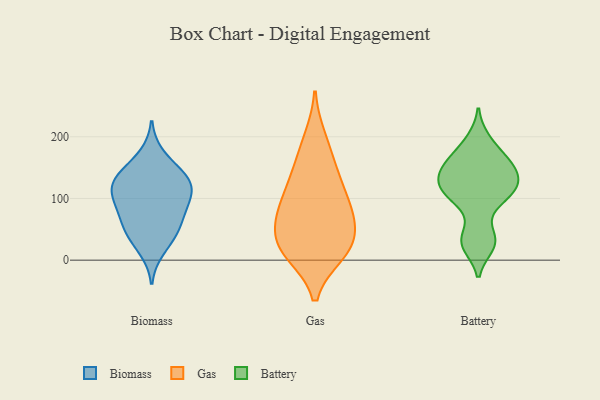
{"axis": {"x": "Waste Production (Tons)", "y": "Value"}, "legend": ["Battery", "Biomass", "Gas"], "data": [{"x": "", "y": 130, "type": "Biomass"}, {"x": "", "y": 16, "type": "Biomass"}, {"x": "", "y": 88, "type": "Biomass"}, {"x": "", "y": 66, "type": "Biomass"}, {"x": "", "y": 43, "type": "Biomass"}, {"x": "", "y": 171, "type": "Biomass"}, {"x": "", "y": 102, "type": "Biomass"}, {"x": "", "y": 141, "type": "Biomass"}, {"x": "", "y": 124, "type": "Biomass"}, {"x": "", "y": 89, "type": "Biomass"}, {"x": "", "y": 58, "type": "Biomass"}, {"x": "", "y": 41, "type": "Biomass"}, {"x": "", "y": 140, "type": "Biomass"}, {"x": "", "y": 107, "type": "Biomass"}, {"x": "", "y": 122, "type": "Biomass"}, {"x": "", "y": 11, "type": "Gas"}, {"x": "", "y": 91, "type": "Gas"}, {"x": "", "y": 16, "type": "Gas"}, {"x": "", "y": 123, "type": "Gas"}, {"x": "", "y": 30, "type": "Gas"}, {"x": "", "y": 164, "type": "Gas"}, {"x": "", "y": 80, "type": "Gas"}, {"x": "", "y": 132, "type": "Gas"}, {"x": "", "y": 197, "type": "Gas"}, {"x": "", "y": 73, "type": "Gas"}, {"x": "", "y": 35, "type": "Gas"}, {"x": "", "y": 68, "type": "Gas"}, {"x": "", "y": 14, "type": "Gas"}, {"x": "", "y": 96, "type": "Battery"}, {"x": "", "y": 195, "type": "Battery"}, {"x": "", "y": 151, "type": "Battery"}, {"x": "", "y": 24, "type": "Battery"}, {"x": "", "y": 138, "type": "Battery"}, {"x": "", "y": 114, "type": "Battery"}, {"x": "", "y": 38, "type": "Battery"}, {"x": "", "y": 117, "type": "Battery"}, {"x": "", "y": 159, "type": "Battery"}, {"x": "", "y": 104, "type": "Battery"}, {"x": "", "y": 144, "type": "Battery"}, {"x": "", "y": 172, "type": "Battery"}, {"x": "", "y": 29, "type": "Battery"}, {"x": "", "y": 123, "type": "Battery"}]}